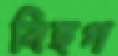
বিহগ